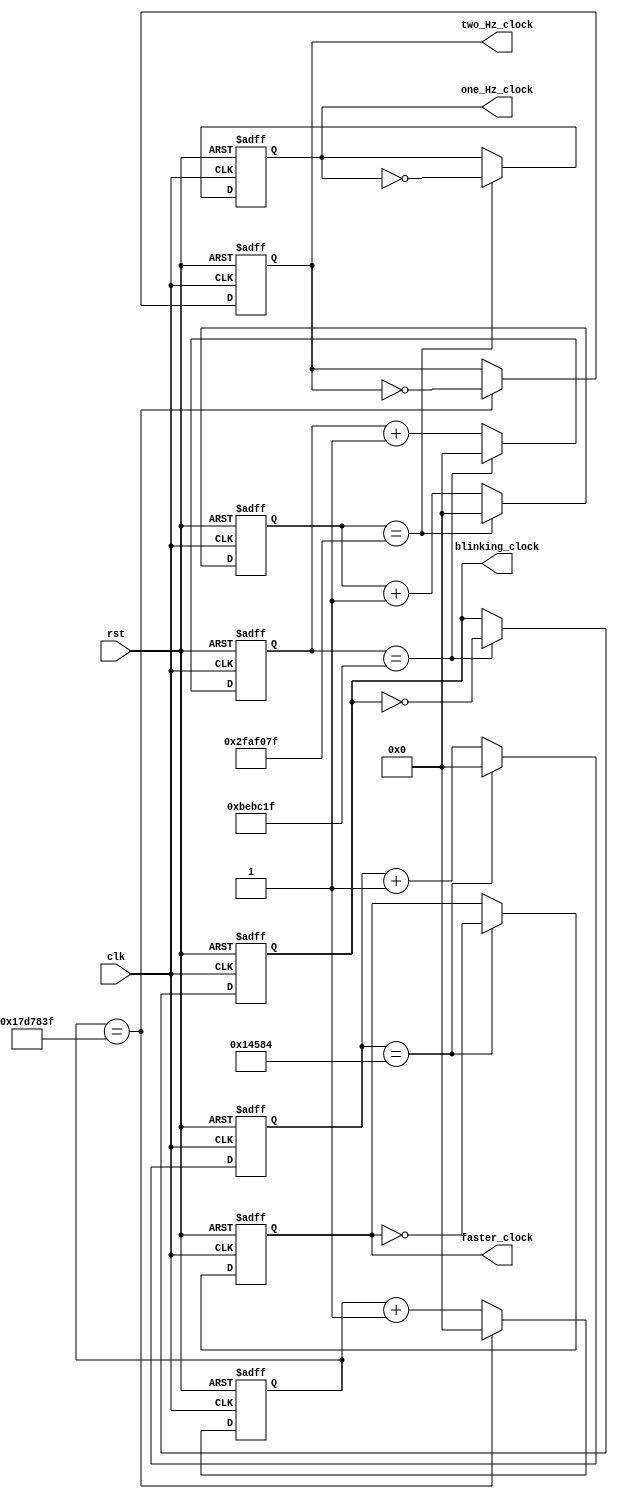
`timescale 1ns / 1ps
//////////////////////////////////////////////////////////////////////////////////
// Company: 
// Engineer: 
// 
// Design Name: 
// Module Name:    clk_divider 
// Project Name: 
// Target Devices: 
// Tool versions: 
// Description: 
//
// Dependencies: 
//
// Revision: 
// Revision 0.01 - File Created
// Additional Comments: 
//
//////////////////////////////////////////////////////////////////////////////////
module clk_divider(clk, rst, two_Hz_clock, one_Hz_clock, faster_clock, blinking_clock
    );
	 
	 input clk;
	 input rst;
	 output two_Hz_clock;
	 output one_Hz_clock;
	 output faster_clock;
	 output blinking_clock;
	 
	 reg two_Hz_clock_reg;
	 reg one_Hz_clock_reg;
	 reg faster_clock_reg;
	 reg blinking_clock_reg;
	 
	 // each counter is 32 bits because ..... 
	 reg [31:0] two_hz_counter;
	 reg [31:0] one_hz_counter;
	 reg [31:0] faster_counter;
	 reg [31:0] blinking_counter;
	 
	 // to get from 100*10^6 to 2, we have to devide by 50*10^6, 
	 // but since the clock is changing for every rising edge of the master clock
	 //it is 2 time slower, so the actual div factor is 25*10^6
	 parameter two_Hz_clock_div = 25000000;
	 parameter one_Hz_clock_div = 50000000;
	 // set faster_clock is 600 Hz
	 parameter faster_clock_div = 83333; // 
	 
	//set blinking_clock is 3 Hz
	 parameter blinking_clock_div = 12500000;
	 
	 
	 // make the two Hz clock:
	 always @(posedge(rst) or posedge(clk))
	 begin
	    if(rst)
		 begin
			two_hz_counter <=0;
			two_Hz_clock_reg <=0;
		 end
		 
		 else if (two_hz_counter==two_Hz_clock_div-1)
		 begin
			two_hz_counter <=0;
			two_Hz_clock_reg <= ~two_Hz_clock; // flip the register
		 end
		 else // increment counter
		 begin
			two_hz_counter <= two_hz_counter+1;
			two_Hz_clock_reg <= two_Hz_clock; // keep the same clock			
		 end
	end
		 
		 // make the one Hz clock:
	 always @(posedge(rst) or posedge(clk))
	 begin
	    if(rst)
		 begin
			one_hz_counter <=0;
			one_Hz_clock_reg <=0;
		 end
		 
		 else if (one_hz_counter==one_Hz_clock_div-1)
		 begin
			one_hz_counter <=0;
			one_Hz_clock_reg <= ~one_Hz_clock; // flip the register
		 end
		 else // increment counter
		 begin
			one_hz_counter <= one_hz_counter+1;
			one_Hz_clock_reg <= one_Hz_clock; // keep the same clock			
		 end
		end
		 
		 // make the faster Hz clock:
	 always @(posedge(rst) or posedge(clk))
	 begin
	    if(rst)
		 begin
			faster_counter <=0;
			faster_clock_reg <=0;
		 end
		 
		 else if (faster_counter==faster_clock_div-1)
		 begin
			faster_counter <=0;
			faster_clock_reg <= ~faster_clock; // flip the register
		 end
		 else // increment counter
		 begin
			faster_counter <= faster_counter+1;
			faster_clock_reg <= faster_clock; // keep the same clock			
		 end
		end
		 
		 // make the two Hz clock:
	 always @(posedge(rst) or posedge(clk))
	 begin
	    if(rst)
		 begin
			blinking_counter <=0;
			blinking_clock_reg <=0;
		 end
		 
		 else if (blinking_counter==blinking_clock_div-1)
		 begin
			blinking_counter <=0;
			blinking_clock_reg <= ~blinking_clock; // flip the register
		 end
		 else // increment counter
		 begin
			blinking_counter <= blinking_counter+1;
			blinking_clock_reg <= blinking_clock; // keep the same clock			
		 end
		end
		 
		 assign two_Hz_clock=two_Hz_clock_reg;
		 assign one_Hz_clock=one_Hz_clock_reg;
		 assign faster_clock = faster_clock_reg;
		 assign blinking_clock= blinking_clock_reg;
	

endmodule